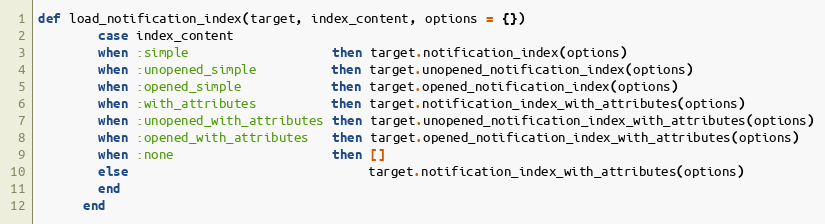
Language: Ruby
def load_notification_index(target, index_content, options = {})
        case index_content
        when :simple                   then target.notification_index(options)
        when :unopened_simple          then target.unopened_notification_index(options)
        when :opened_simple            then target.opened_notification_index(options)
        when :with_attributes          then target.notification_index_with_attributes(options)
        when :unopened_with_attributes then target.unopened_notification_index_with_attributes(options)
        when :opened_with_attributes   then target.opened_notification_index_with_attributes(options)
        when :none                     then []
        else                                target.notification_index_with_attributes(options)
        end
      end